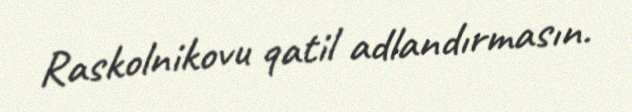
Raskolnikovu qatil adlandırmasın.